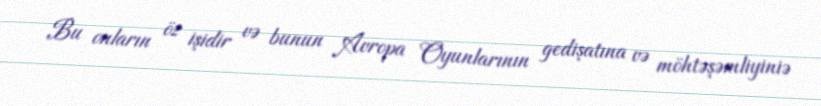
Bu onların öz işidir və bunun Avropa Oyunlarının gedişatına və möhtəşəmliyiniə